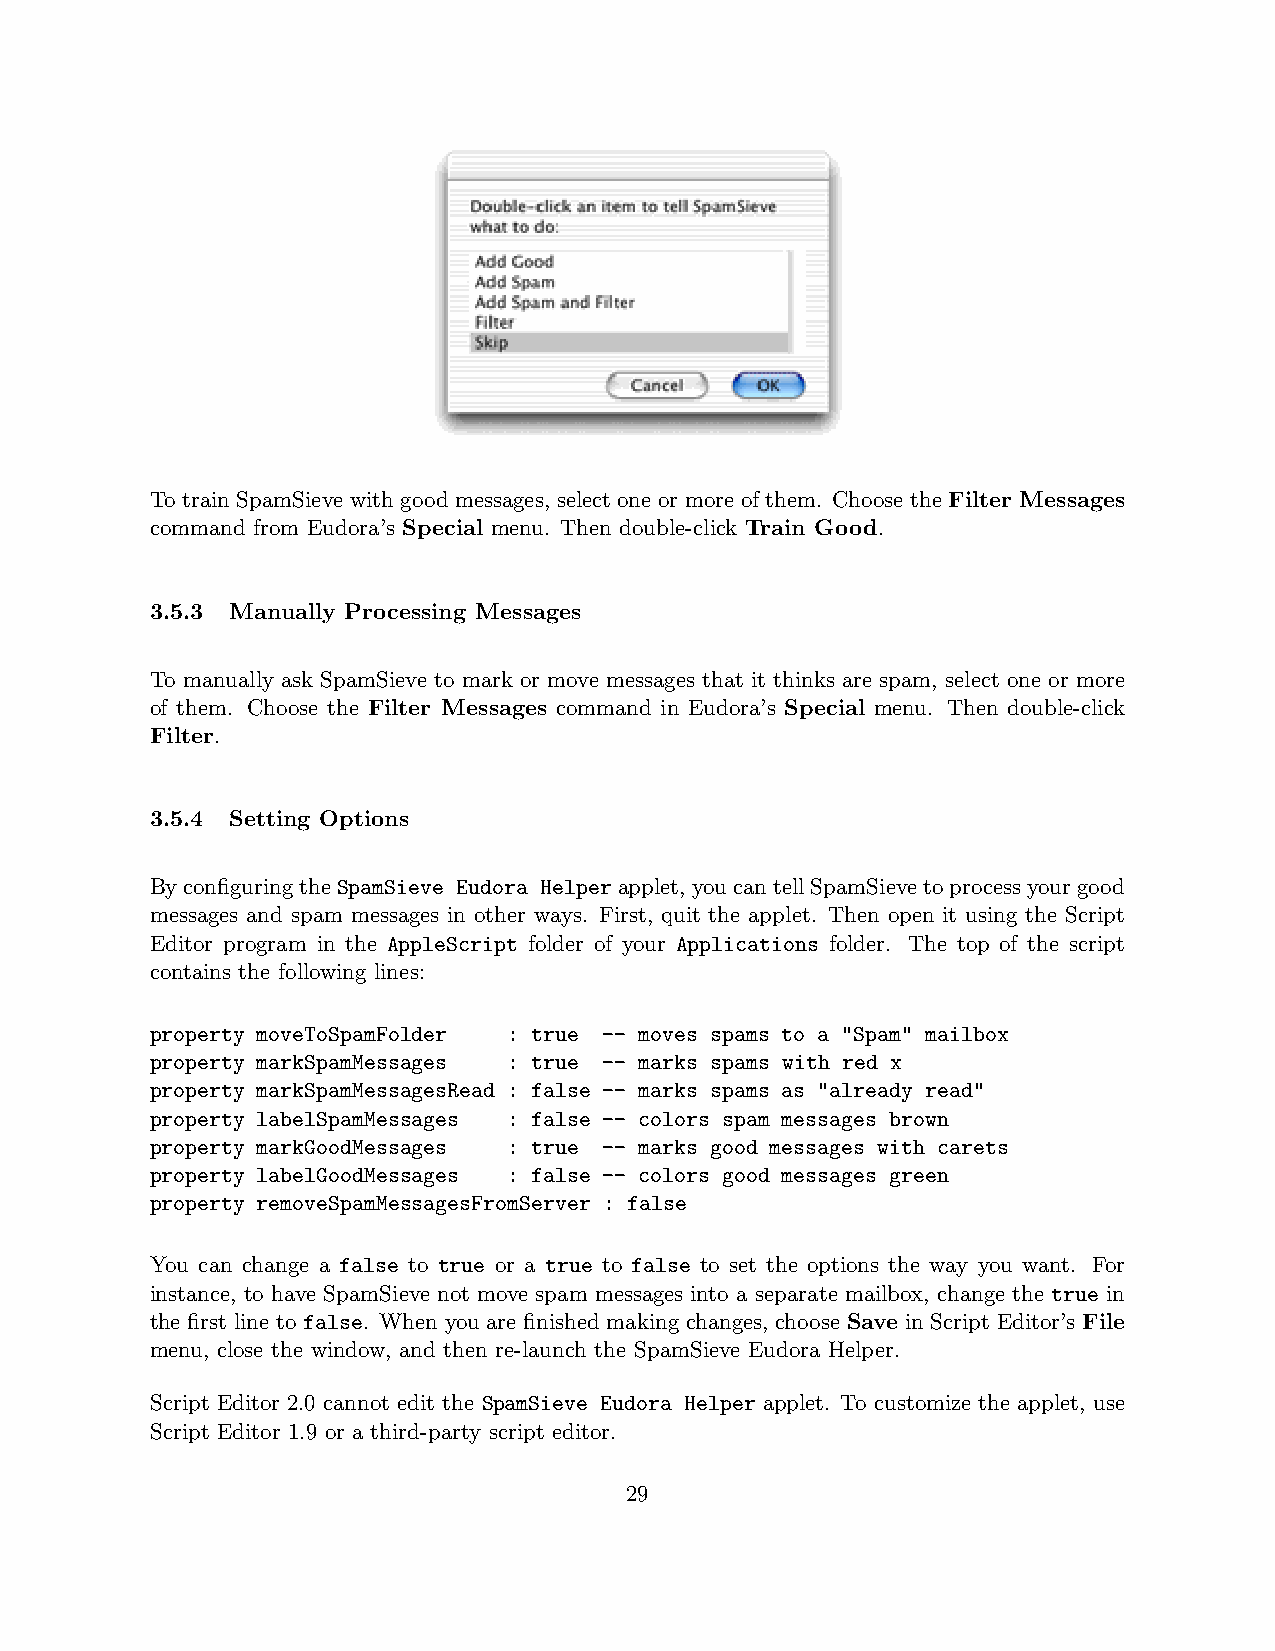
To train SpamSieve with good messages, select one or more of them. Choose the Filter Messages
 command from Eudora’s Special menu. Then double-click Train Good.
 3.5.3 Manually Processing Messages
 To manually ask SpamSieve to mark or move messages that it thinks are spam, select one or more
 of them. Choose the Filter Messages command in Eudora’s Special menu. Then double-click
 Filter.
 3.5.4 Setting Options
 ByconfiguringtheSpamSieve Eudora Helperapplet, youcantellSpamSievetoprocessyourgood
 messages and spam messages in other ways. First, quit the applet. Then open it using the Script
 Editor program in the AppleScript folder of your Applications folder. The top of the script
 contains the following lines:
 property moveToSpamFolder : true -- moves spams to a "Spam" mailbox
 property markSpamMessages : true -- marks spams with red x
 property markSpamMessagesRead : false -- marks spams as "already read"
 property labelSpamMessages : false -- colors spam messages brown
 property markGoodMessages : true -- marks good messages with carets
 property labelGoodMessages : false -- colors good messages green
 property removeSpamMessagesFromServer : false
 You can change a false to true or a true to false to set the options the way you want. For
 instance, to have SpamSieve not move spam messages into a separate mailbox, change the true in
 the first line to false. When you are finished making changes, choose Save in Script Editor’s File
 menu, close the window, and then re-launch the SpamSieve Eudora Helper.
 Script Editor 2.0 cannot edit the SpamSieve Eudora Helper applet. To customize the applet, use
 Script Editor 1.9 or a third-party script editor.
 29